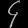
Digit: ၄